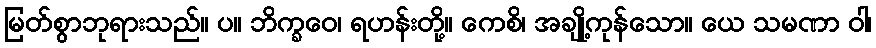
မြတ်စွာဘုရားသည်။ ပ။ ဘိက္ခဝေ၊ ရဟန်းတို့။ ကေစိ၊ အချို့ကုန်သော။ ယေ သမဏာ ဝါ၊